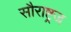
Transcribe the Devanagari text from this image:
सौराष्ट्रज